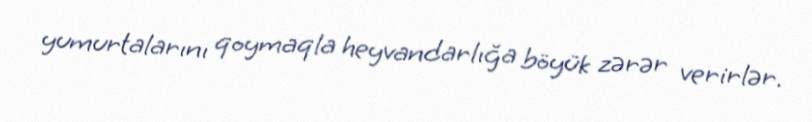
yumurtalarını qoymaqla heyvandarlığa böyük zərər verirlər.